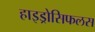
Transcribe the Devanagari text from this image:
हाइड्रोसिफलस